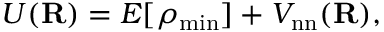
U ( { \bf R } ) = E [ \rho _ { \mathrm { m i n } } ] + V _ { \mathrm { n n } } ( { \bf R } ) ,